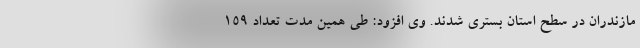
مازندران در سطح استان بستری شدند. وی افزود: طی همین مدت تعداد ۱۵۹